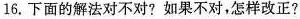
16.下面的解法对不对?如果不对，怎样改正?